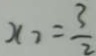
x _ { 3 } = \frac { 3 } { 2 }